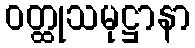
ဝတ္ထုသမုဋ္ဌာနာ